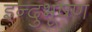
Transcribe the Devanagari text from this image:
इन्दुभूषण